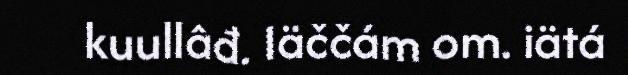
kuullâđ. Iäččám om. iätá